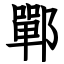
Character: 鄲